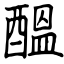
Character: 醞